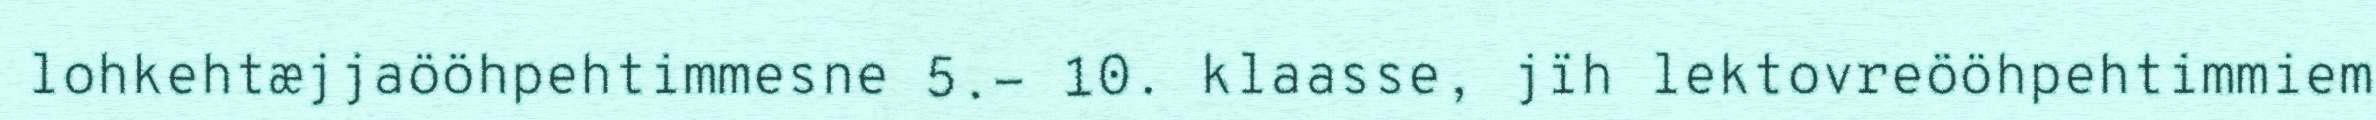
lohkehtæjjaööhpehtimmesne 5.- 10. klaasse, jïh lektovreööhpehtimmiem